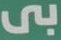
بى